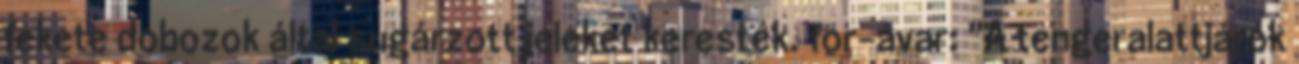
fekete dobozok által sugárzott jeleket keresték. for-avar: "A tengeralattjárók